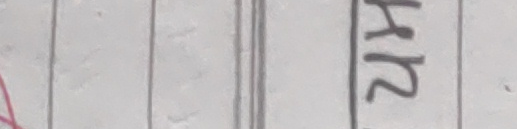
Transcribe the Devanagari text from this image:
२४